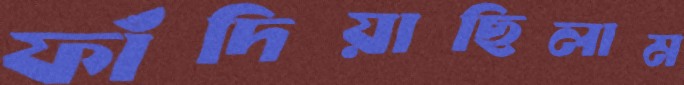
ফাঁদিয়াছিলাম